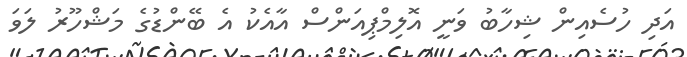
އަދި ހުސެއިން ޝިހާބު ވަނީ އޮލިމްޕިއަންސް އާއެކު އެ ބޭންޑުގެ މަޝްހޫރު ލަވަ